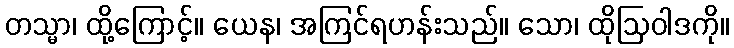
တသ္မာ၊ ထို့ကြောင့်။ ယေန၊ အကြင်ရဟန်းသည်။ သော၊ ထိုဩဝါဒကို။